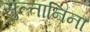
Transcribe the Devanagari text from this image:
सुल्तानिना